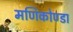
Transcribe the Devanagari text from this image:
मणिकोण्डा